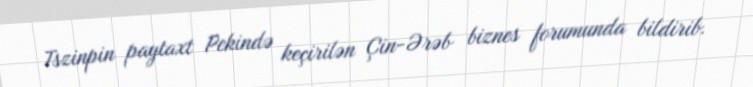
Tszinpin paytaxt Pekində keçirilən Çin-Ərəb biznes forumunda bildirib.